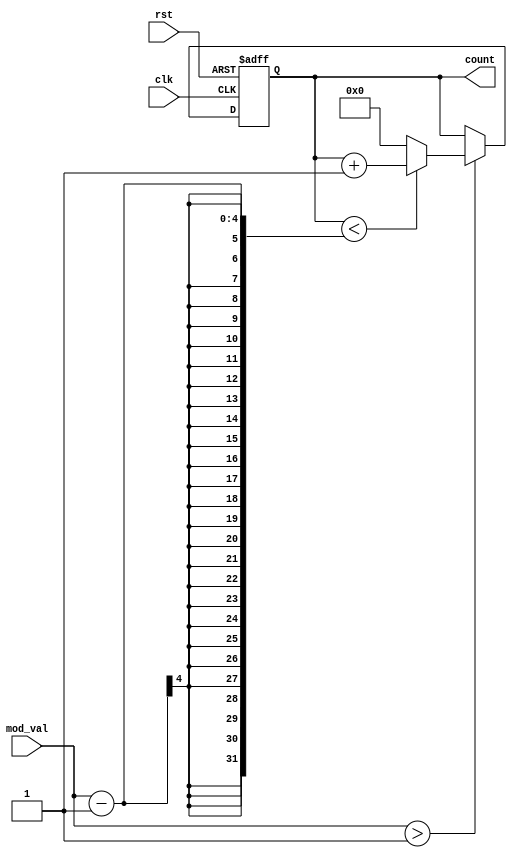
module modulus_counter (
    input wire clk,            // Clock input
    input wire rst,            // Asynchronous reset
    input wire [3:0] mod_val,  // Programmable modulus value (4 bits for modulus up to 15)
    output reg [3:0] count     // Current count value (4 bits)
);

    // Ensure count is initialized to 0 on reset
    always @(posedge clk or posedge rst) begin
        if (rst) begin
            count <= 4'b0000;  // Reset count to 0
        end else begin
            // Only increment if mod_val is greater than 1
            if (mod_val > 1) begin
                if (count < (mod_val - 1)) begin
                    count <= count + 1;  // Increment count
                end else begin
                    count <= 4'b0000;    // Reset count to 0 when reaching modulus
                end
            end
        end
    end

endmodule